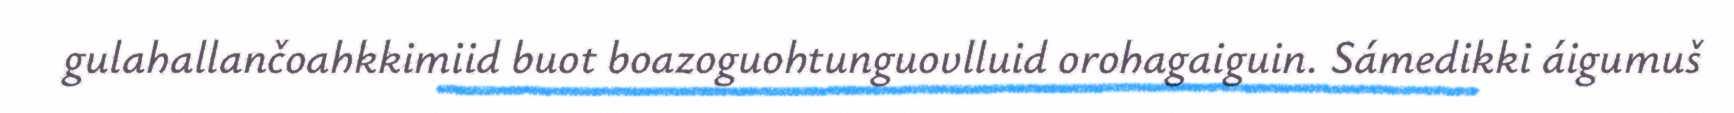
gulahallančoahkkimiid buot boazoguohtunguovlluid orohagaiguin. Sámedikki áigumuš